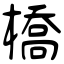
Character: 橋